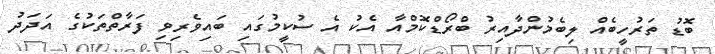
ބޮޑު ތަރުހީބެއް ލިބެމުންދާއިރު ބްރޯޑްކޮމްއާ އެކު އެ ސުކީމުގައި ބައިވެރިވި ފަރާތްތަކުގެ އަދަދު